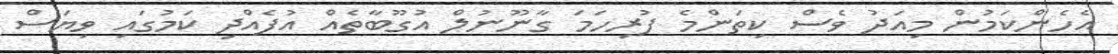
އެހެންކަމުން މިއަދު ވެސް ކިތަންމެ ފުރިހަމަ ގާނޫނުލް އުގޫބާތެއް އުފެއްދި ކަމުގައި ވިޔަސް